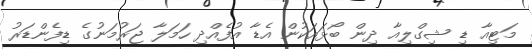
މަޓިއާ ޑި ޝިގްލިއާ ދިން ބޯޅައަކުން އެޑާ އުފެއްދި ހަމަލާ ޖަރުމަނުގެ ޑިފެންޑަރު